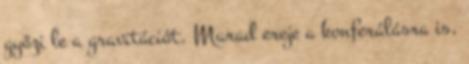
győzi le a gravitációt. Marad ereje a konferálásra is,